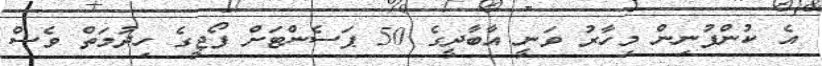
އެ ކުންފުނިން މިހާރު ވަނީ އާބާދީގެ 50 ޕަސެންޓަށް ފޯޖީގެ ހިދުމަތް ވެސް